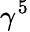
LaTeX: \gamma^{5}